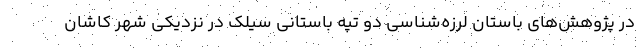
در پژوهش‌های باستان لرزه‌شناسی دو تپه باستانی سیلک در نزدیکی شهر کاشان